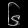
Digit: ၆